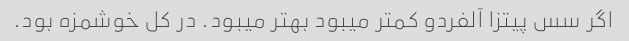
اگر سس پیتزا آلفردو کمتر میبود بهتر میبود. در کل خوشمزه بود.